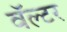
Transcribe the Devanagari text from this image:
वॅल्टर